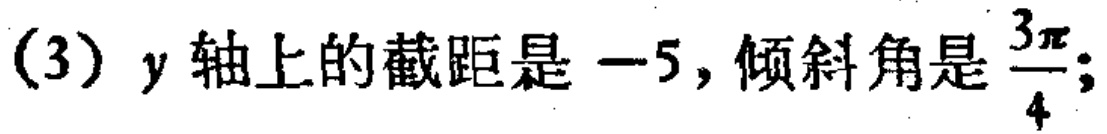
(3) \(y\)轴上的截距是\(-5\)，倾斜角是\(\frac{3\pi}{4}\)；